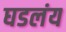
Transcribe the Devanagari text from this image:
घडलंय